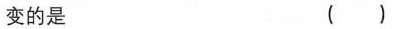
变的是 ()